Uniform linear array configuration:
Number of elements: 64
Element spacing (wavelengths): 0.25
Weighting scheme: binomial
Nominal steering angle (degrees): -15
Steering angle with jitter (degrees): -14.004
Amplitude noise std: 0.05
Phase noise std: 0.05

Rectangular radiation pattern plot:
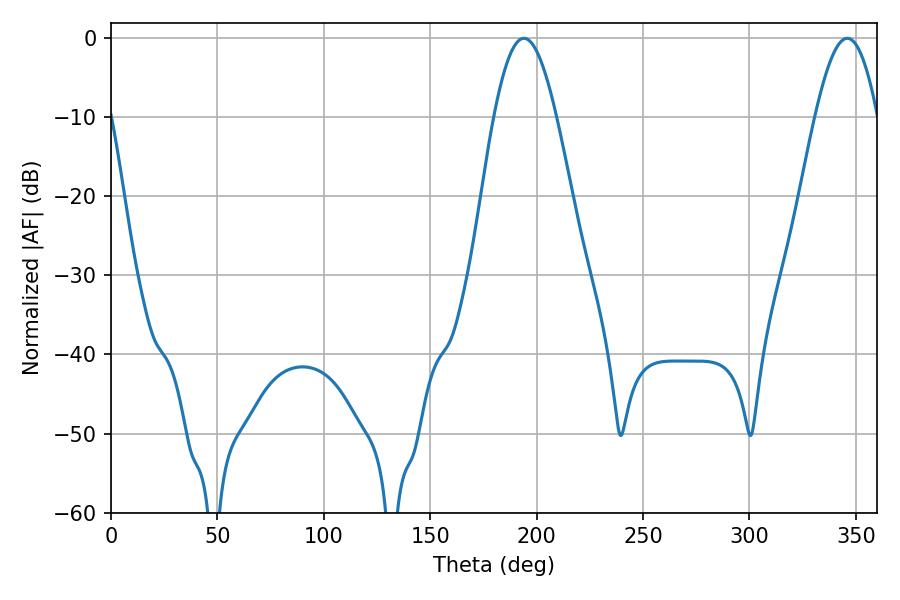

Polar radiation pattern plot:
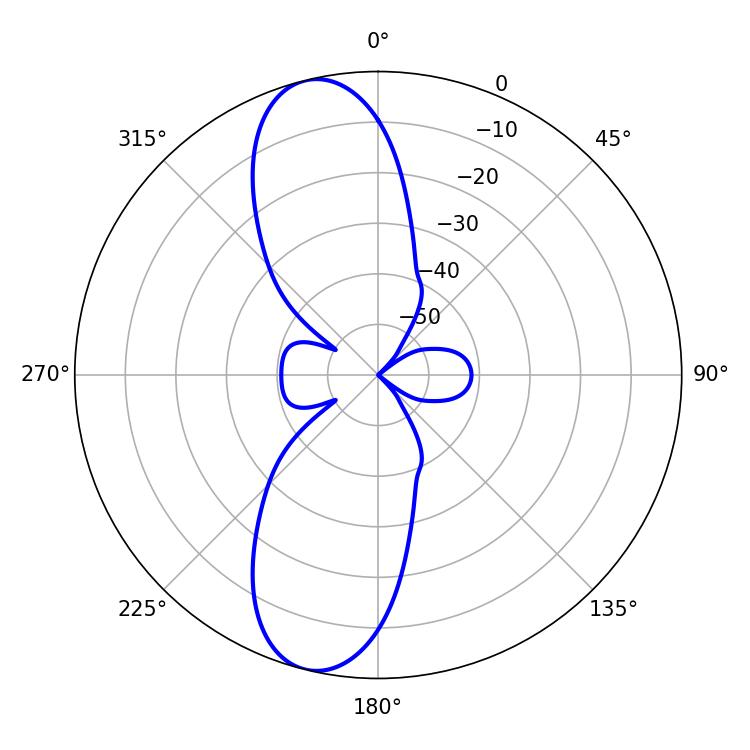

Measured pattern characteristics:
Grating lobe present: FALSE
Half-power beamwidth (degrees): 15.84
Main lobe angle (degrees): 194.04